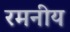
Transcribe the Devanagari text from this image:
रमनीय